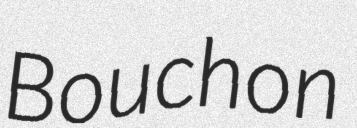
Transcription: Bouchon